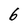
Character: 6